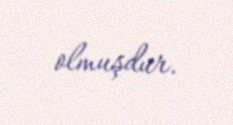
olmuşdur.